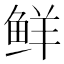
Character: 鲜